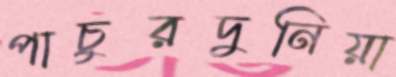
পাচুরদুনিয়া